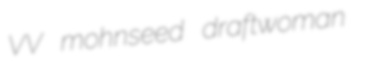
VV mohnseed draftwoman